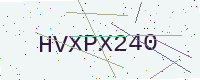
Text: HVXPX240